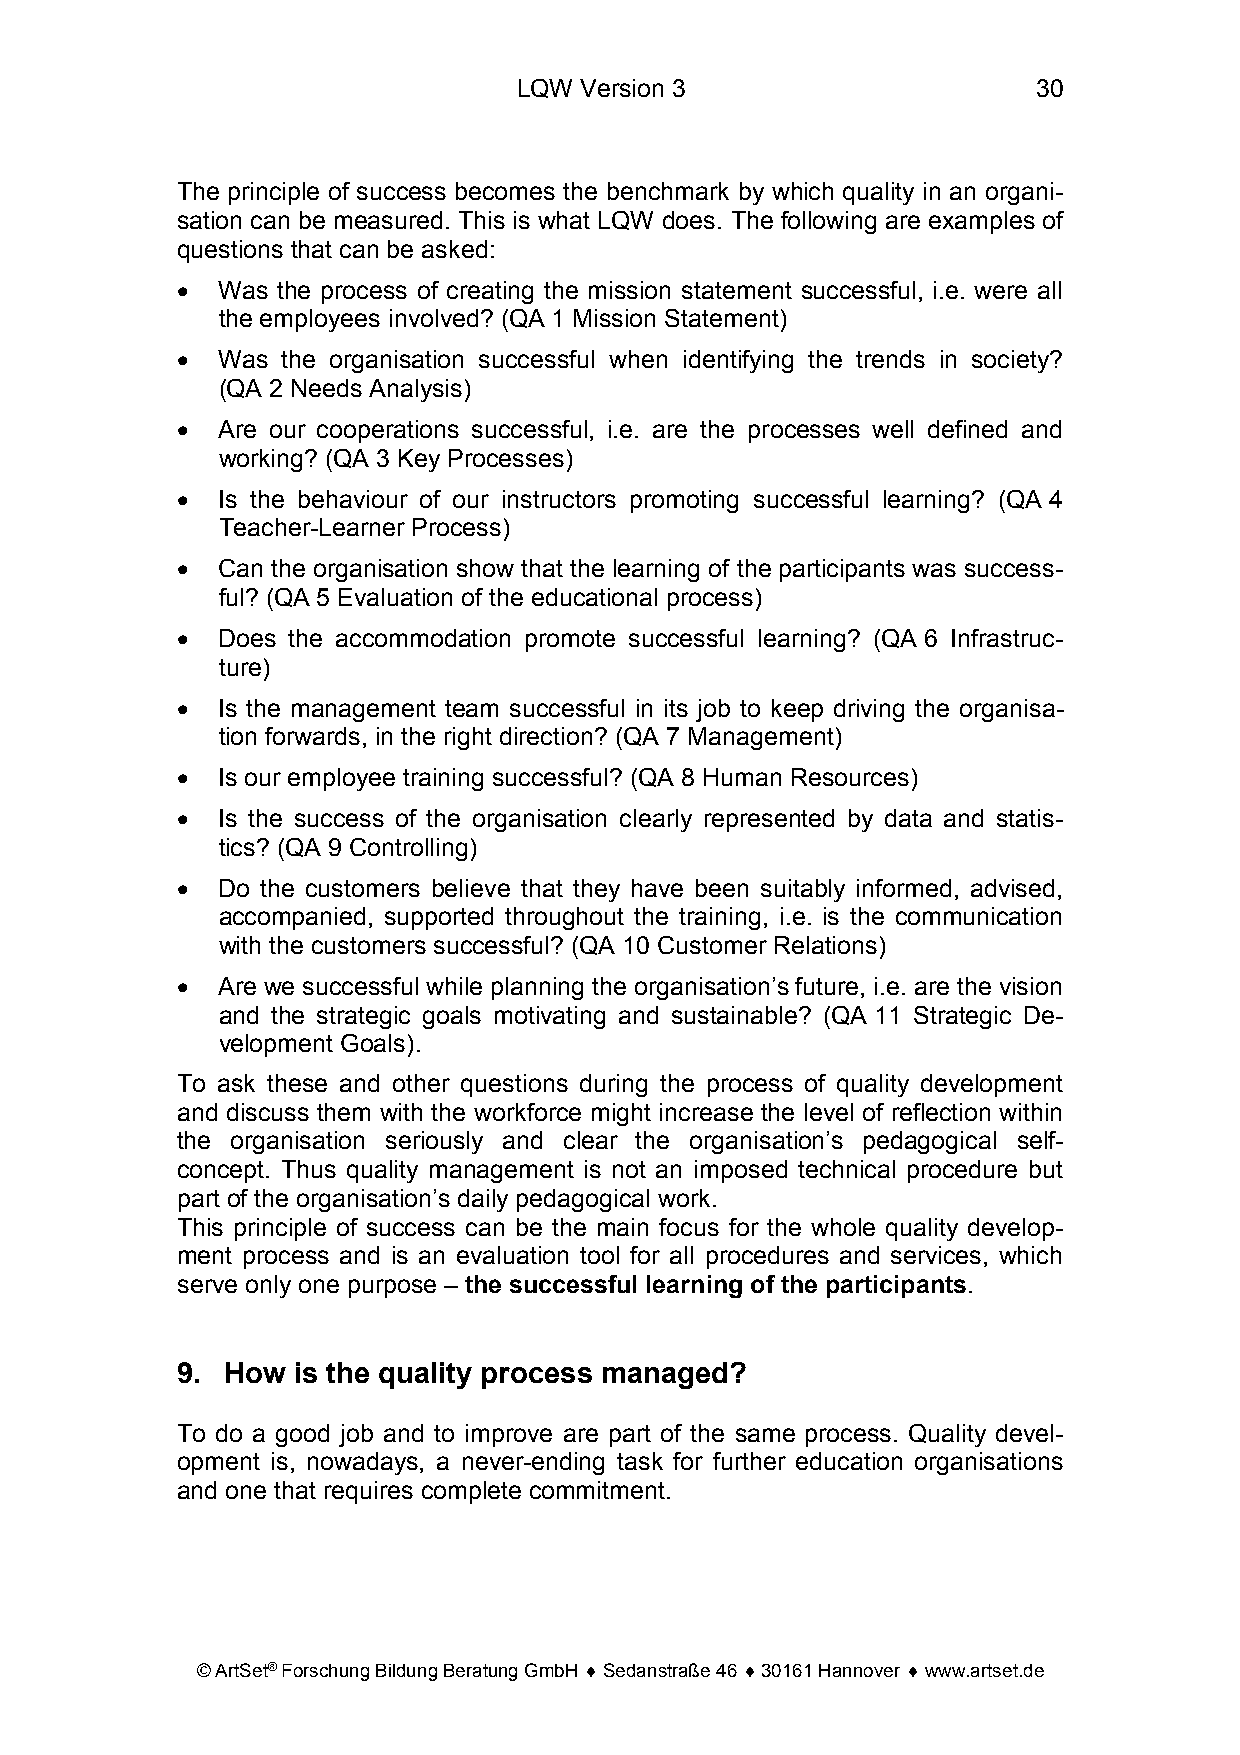
LQW Version 3                      30
 The principle of success becomes the benchmark by which quality in an organi-
 sation can be measured. This is what LQW does. The following are examples of
 questions that can be asked:
 • Was the process of creating the mission statement successful, i.e. were all
 the employees involved? (QA 1 Mission Statement)
 • Was  the organisation successful when identifying the trends in society?
 (QA 2 Needs Analysis)
 • Are our cooperations successful, i.e. are the processes well defined and
 working? (QA 3 Key Processes)
 • Is the behaviour of our instructors promoting successful learning? (QA 4
 Teacher-Learner Process)
 • Can the organisation show that the learning of the participants was success-
 ful? (QA 5 Evaluation of the educational process)
 • Does the accommodation promote successful learning? (QA 6 Infrastruc-
 ture)
 • Is the management team successful in its job to keep driving the organisa-
 tion forwards, in the right direction? (QA 7 Management)
 • Is our employee training successful? (QA 8 Human Resources)
 • Is the success of the organisation clearly represented by data and statis-
 tics? (QA 9 Controlling)
 • Do the customers believe that they have been suitably informed, advised,
 accompanied, supported throughout the training, i.e. is the communication
 with the customers successful? (QA 10 Customer Relations)
 • Are we successful while planning the organisation’s future, i.e. are the vision
 and the strategic goals motivating and sustainable? (QA 11 Strategic De-
 velopment Goals).
 To ask these and other questions during the process of quality development
 and discuss them with the workforce might increase the level of reflection within
 the organisation seriously and clear the organisation’s pedagogical self-
 concept. Thus quality management is not an imposed technical procedure but
 part of the organisation’s daily pedagogical work.
 This principle of success can be the main focus for the whole quality develop-
 ment process and is an evaluation tool for all procedures and services, which
 serve only one purpose – the successful learning of the participants.
 9. How is the quality process managed?
 To do a good job and to improve are part of the same process. Quality devel-
 opment is, nowadays, a never-ending task for further education organisations
 and one that requires complete commitment.
 © ArtSet® Forschung Bildung Beratung GmbH ♦ Sedanstraße 46 ♦ 30161 Hannover ♦ www.artset.de